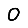
Digit: 0